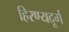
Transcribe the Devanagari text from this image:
हिरण्यदूर्ग